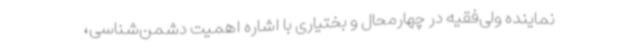
نماینده ولی‌فقیه در چهارمحال و بختیاری با اشاره اهمیت دشمن‌شناسی،